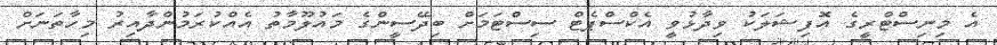
އެ މިނިސްޓްރީގެ އޮފިޝަލަކު ވިދާޅުވީ އެކްސްޕެޓް ސިސްޓަމަށް ބިދޭސީންގެ މައުލޫމާތު އެއްކުރަމުންދާއިރު މިހާތަނަށް